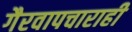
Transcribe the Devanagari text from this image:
गैरवापचाराही